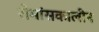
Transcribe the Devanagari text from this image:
रोमांसकालीन